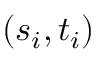
( s _ { i } , t _ { i } )